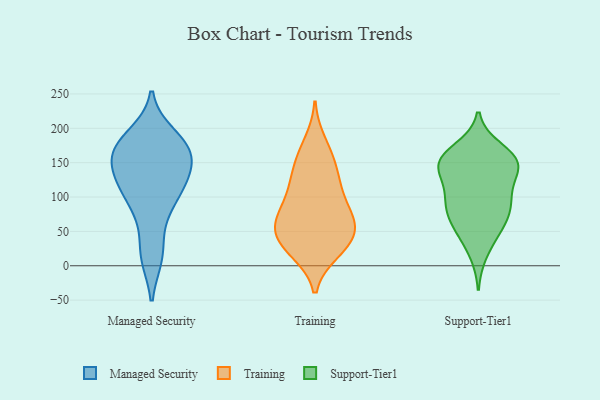
{"axis": {"x": "Backlog", "y": "Value"}, "legend": ["Managed Security", "Support-Tier1", "Training"], "data": [{"x": "", "y": 166, "type": "Managed Security"}, {"x": "", "y": 70, "type": "Managed Security"}, {"x": "", "y": 93, "type": "Managed Security"}, {"x": "", "y": 136, "type": "Managed Security"}, {"x": "", "y": 16, "type": "Managed Security"}, {"x": "", "y": 164, "type": "Managed Security"}, {"x": "", "y": 14, "type": "Managed Security"}, {"x": "", "y": 144, "type": "Managed Security"}, {"x": "", "y": 189, "type": "Managed Security"}, {"x": "", "y": 169, "type": "Managed Security"}, {"x": "", "y": 112, "type": "Managed Security"}, {"x": "", "y": 179, "type": "Managed Security"}, {"x": "", "y": 119, "type": "Managed Security"}, {"x": "", "y": 170, "type": "Managed Security"}, {"x": "", "y": 116, "type": "Managed Security"}, {"x": "", "y": 71, "type": "Training"}, {"x": "", "y": 153, "type": "Training"}, {"x": "", "y": 107, "type": "Training"}, {"x": "", "y": 180, "type": "Training"}, {"x": "", "y": 99, "type": "Training"}, {"x": "", "y": 64, "type": "Training"}, {"x": "", "y": 60, "type": "Training"}, {"x": "", "y": 37, "type": "Training"}, {"x": "", "y": 128, "type": "Training"}, {"x": "", "y": 126, "type": "Training"}, {"x": "", "y": 26, "type": "Training"}, {"x": "", "y": 48, "type": "Training"}, {"x": "", "y": 62, "type": "Training"}, {"x": "", "y": 21, "type": "Training"}, {"x": "", "y": 84, "type": "Training"}, {"x": "", "y": 157, "type": "Training"}, {"x": "", "y": 20, "type": "Training"}, {"x": "", "y": 46, "type": "Training"}, {"x": "", "y": 102, "type": "Support-Tier1"}, {"x": "", "y": 156, "type": "Support-Tier1"}, {"x": "", "y": 18, "type": "Support-Tier1"}, {"x": "", "y": 144, "type": "Support-Tier1"}, {"x": "", "y": 156, "type": "Support-Tier1"}, {"x": "", "y": 170, "type": "Support-Tier1"}, {"x": "", "y": 139, "type": "Support-Tier1"}, {"x": "", "y": 52, "type": "Support-Tier1"}, {"x": "", "y": 85, "type": "Support-Tier1"}, {"x": "", "y": 142, "type": "Support-Tier1"}, {"x": "", "y": 104, "type": "Support-Tier1"}, {"x": "", "y": 48, "type": "Support-Tier1"}, {"x": "", "y": 80, "type": "Support-Tier1"}, {"x": "", "y": 159, "type": "Support-Tier1"}, {"x": "", "y": 80, "type": "Support-Tier1"}, {"x": "", "y": 153, "type": "Support-Tier1"}, {"x": "", "y": 102, "type": "Support-Tier1"}, {"x": "", "y": 139, "type": "Support-Tier1"}, {"x": "", "y": 62, "type": "Support-Tier1"}]}